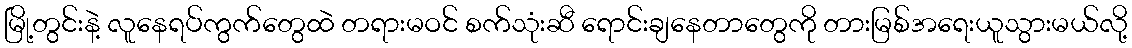
မြို့တွင်းနဲ့ လူနေရပ်ကွက်တွေထဲ တရားမဝင် စက်သုံးဆီ ရောင်းချနေတာတွေကို တားမြစ်အရေးယူသွားမယ်လို့